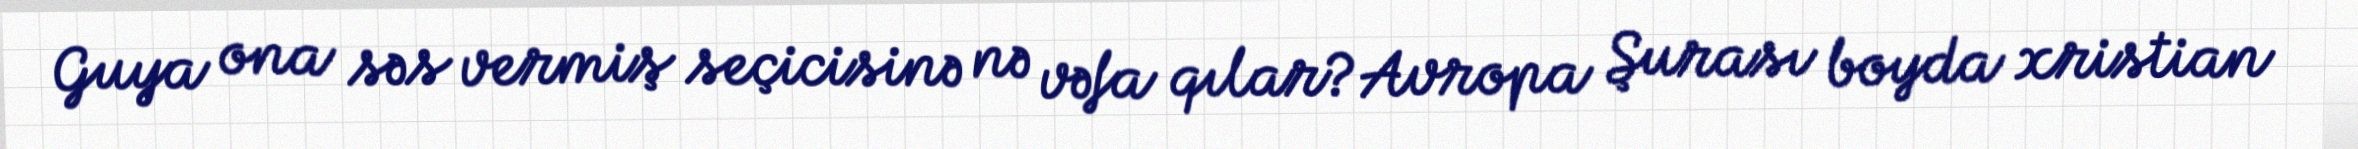
Guya ona səs vermiş seçicisinə nə vəfa qılar?Avropa Şurası boyda xristian